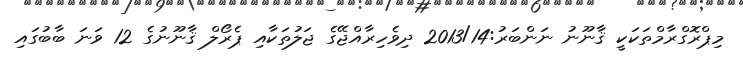
މިޕްރޮގްރާމްތަކަކީ ޤާނޫނު ނަންބަރު:2013/14 ދިވެހިރާއްޖޭގެ ޖަލުތަކާއި ޕެރޯލް ޤާނޫނުގެ 12 ވަނަ ބާބުގައި